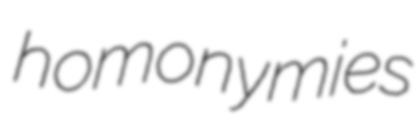
homonymies